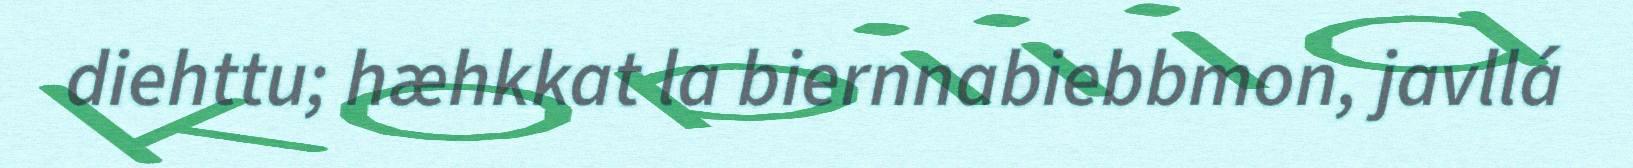
diehttu; hæhkkat la biernnabiebbmon, javllá